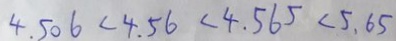
4 . 5 0 6 < 4 . 5 6 < 4 . 5 6 5 < 5 . 6 5